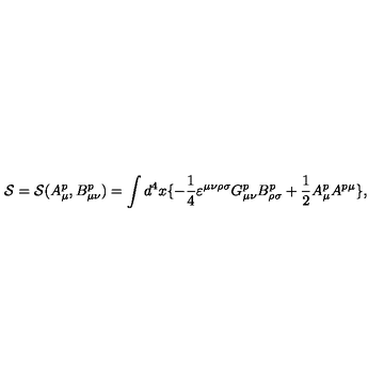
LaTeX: { \cal S } = { \cal S } ( A _ { \mu } ^ { p } , B _ { \mu \nu } ^ { p } ) = \int { d ^ { 4 } } x \{ - \frac { 1 } { 4 } { \varepsilon } ^ { \mu \nu \rho \sigma } G _ { \mu \nu } ^ { p } B _ { \rho \sigma } ^ { p } + \frac { 1 } { 2 } A _ { \mu } ^ { p } A ^ { p \mu } \} ,